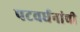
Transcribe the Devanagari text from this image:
पटवर्धनांची